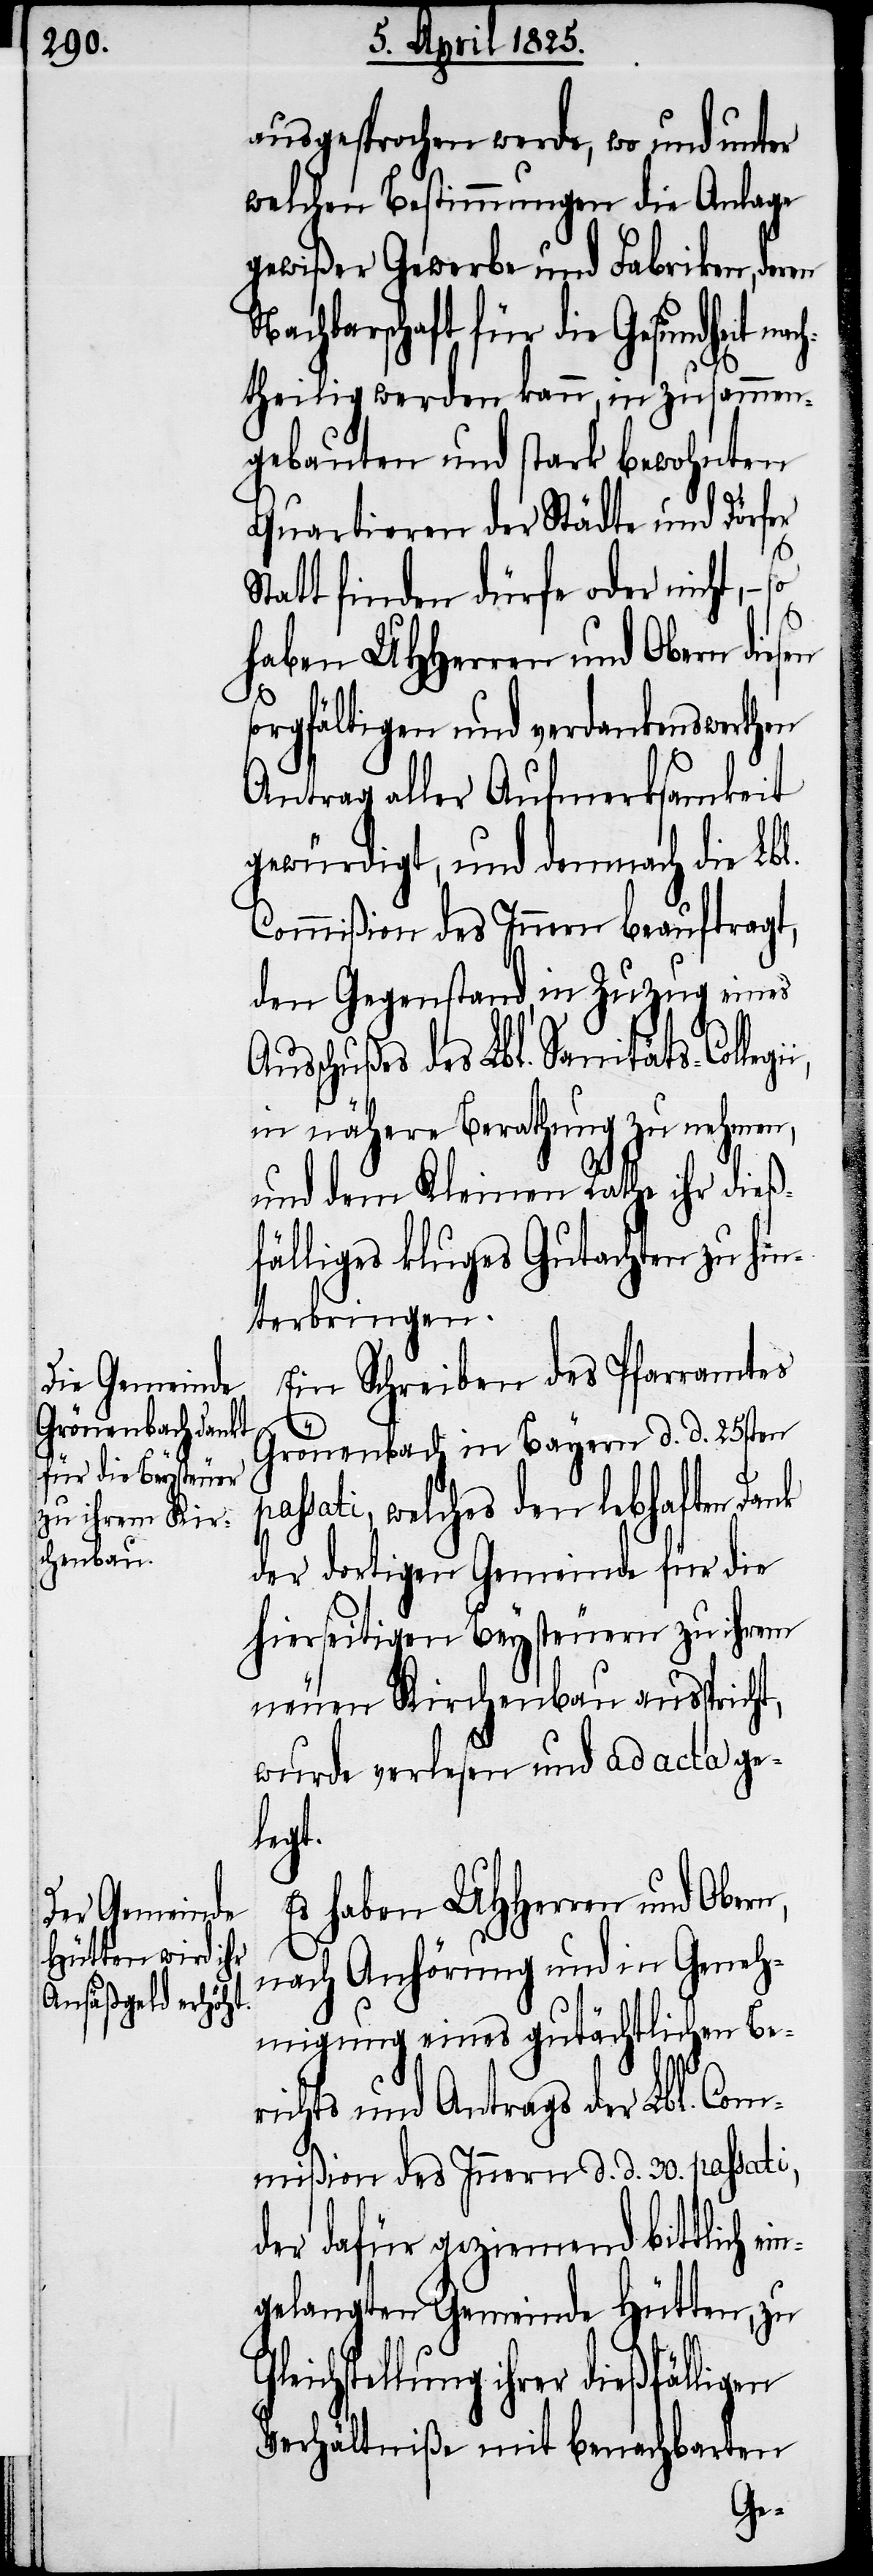
ausgesprochen werde, wo und unter
welchen Bestimmungen die Anlage
gewißer Gewerbe und Fabriken,
Nachbarschaft für die Gesundheit
theilig werden kann, in zusammen¬
gebauten und stark bewohnten
Quartieren der Städte und Dörfer
Statt finden dürfe oder nicht, −
n,
sorgfältigen und verdankenswerthen
Antrag aller Aufmerksamkeit
gewürdigt, und demnach die Lbl.
Commißion des Innern beauftragt,
den Gegenstand, in Zuzug eines
usschußes des Lbl. Sanitäts-Colleg¬
in nähere Berathung zu nehmen,
und dem Kleinen Rathe ihr dießf¬
älliges kluges Gutachten zu hi¬
nterbringen.
Ein Schreiben des Pfarramtes
Grönenbach in Bayern d. d. 25sten
ssati, welches den lebhaften
der dortigen Gemeinde für die
hierseitigen Beysteuern zu ihrem
neuen Kirchenbau ausspricht,
wurde verlesen und ad acta ge¬
ligen
Es haben UHHerren und Ober¬
nach Anhörung und in Geneh¬
migung eines gutächtlichen Be¬
richts und Antrags der Lbl. Com¬
mißion des Innern d. d. 30. passati,
der dafür geziemend bittlich e¬
gelangten Gemeinde Hütten, zu
ichstellung ihrer dießfäl¬
Verhältniße mit benachbarten
Gle¬